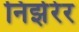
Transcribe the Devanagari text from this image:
निर्झरेर